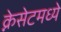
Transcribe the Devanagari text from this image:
क्नेसेटमध्ये